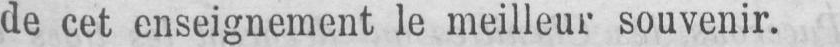
de cet enseignement le meilleur souvenir.